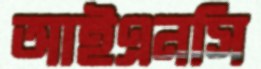
আইএনসি